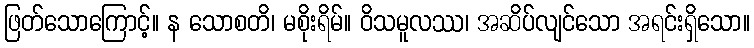
ဖြတ်သောကြောင့်။ န သောစတိ၊ မစိုးရိမ်။ ဝိသမူလဿ၊ အဆိပ်လျင်သော အရင်းရှိသော။